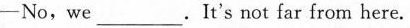
-No,we ___. It's not far from here.